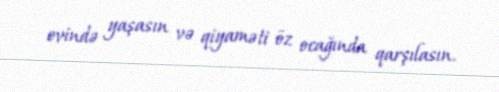
evində yaşasın və qiyaməti öz ocağında qarşılasın.